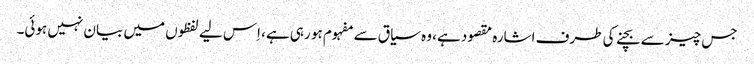
جس چیز سے بچنے کی طرف اشارہ مقصود ہے، وہ سیاق سے مفہوم ہو رہی ہے، اِس لیے لفظوں میں بیان نہیں ہوئی۔